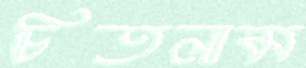
চিতলাম